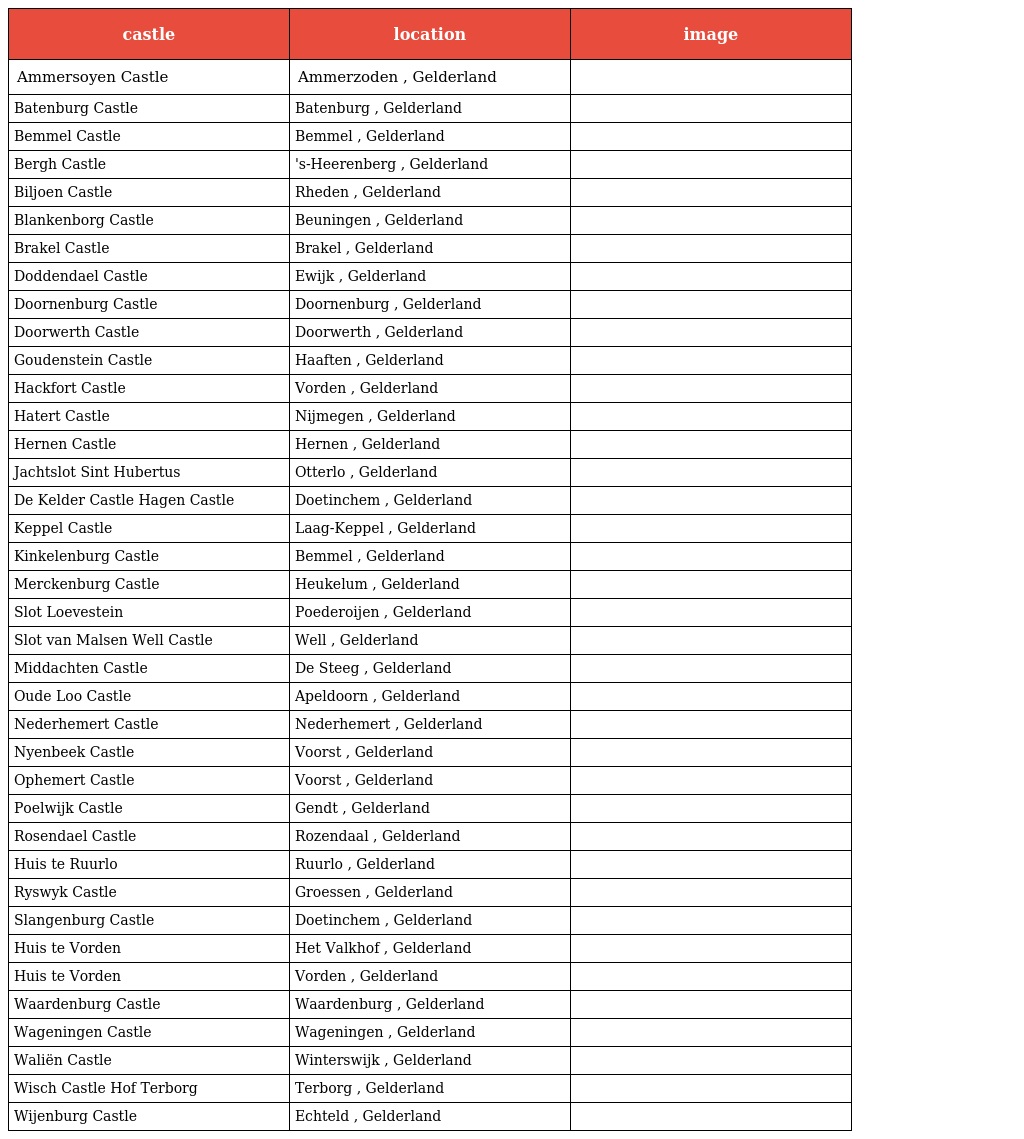
| castle | location | image |
 | --- | --- | --- |
 | Ammersoyen Castle | Ammerzoden , Gelderland |  |
 | Batenburg Castle | Batenburg , Gelderland |  |
 | Bemmel Castle | Bemmel , Gelderland |  |
 | Bergh Castle | 's-Heerenberg , Gelderland |  |
 | Biljoen Castle | Rheden , Gelderland |  |
 | Blankenborg Castle | Beuningen , Gelderland |  |
 | Brakel Castle | Brakel , Gelderland |  |
 | Doddendael Castle | Ewijk , Gelderland |  |
 | Doornenburg Castle | Doornenburg , Gelderland |  |
 | Doorwerth Castle | Doorwerth , Gelderland |  |
 | Goudenstein Castle | Haaften , Gelderland |  |
 | Hackfort Castle | Vorden , Gelderland |  |
 | Hatert Castle | Nijmegen , Gelderland |  |
 | Hernen Castle | Hernen , Gelderland |  |
 | Jachtslot Sint Hubertus | Otterlo , Gelderland |  |
 | De Kelder Castle Hagen Castle | Doetinchem , Gelderland |  |
 | Keppel Castle | Laag-Keppel , Gelderland |  |
 | Kinkelenburg Castle | Bemmel , Gelderland |  |
 | Merckenburg Castle | Heukelum , Gelderland |  |
 | Slot Loevestein | Poederoijen , Gelderland |  |
 | Slot van Malsen Well Castle | Well , Gelderland |  |
 | Middachten Castle | De Steeg , Gelderland |  |
 | Oude Loo Castle | Apeldoorn , Gelderland |  |
 | Nederhemert Castle | Nederhemert , Gelderland |  |
 | Nyenbeek Castle | Voorst , Gelderland |  |
 | Ophemert Castle | Voorst , Gelderland |  |
 | Poelwijk Castle | Gendt , Gelderland |  |
 | Rosendael Castle | Rozendaal , Gelderland |  |
 | Huis te Ruurlo | Ruurlo , Gelderland |  |
 | Ryswyk Castle | Groessen , Gelderland |  |
 | Slangenburg Castle | Doetinchem , Gelderland |  |
 | Huis te Vorden | Het Valkhof , Gelderland |  |
 | Huis te Vorden | Vorden , Gelderland |  |
 | Waardenburg Castle | Waardenburg , Gelderland |  |
 | Wageningen Castle | Wageningen , Gelderland |  |
 | Waliën Castle | Winterswijk , Gelderland |  |
 | Wisch Castle Hof Terborg | Terborg , Gelderland |  |
 | Wijenburg Castle | Echteld , Gelderland |  |